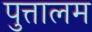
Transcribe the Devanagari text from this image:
पुत्तालम